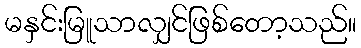
မနှင်းမြူသာလျှင်ဖြစ်တော့သည်။